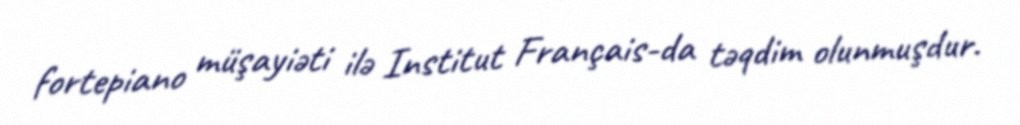
fortepiano müşayiəti ilə Institut Français-da təqdim olunmuşdur.